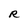
Character: R